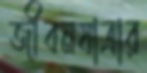
জীবনযাত্রার